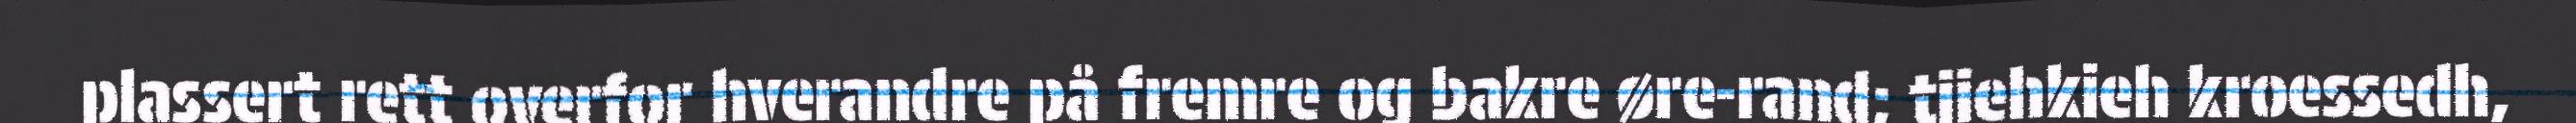
plassert rett overfor hverandre på fremre og bakre øre-rand; tjiehkieh kroessedh,